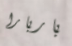
باربارا